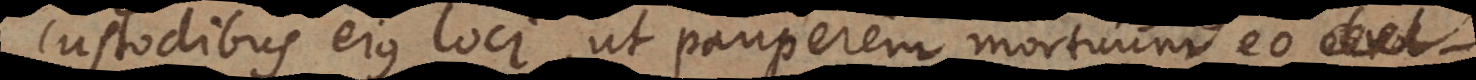
custodibus ejus loci, ut pauperem mortuum eo